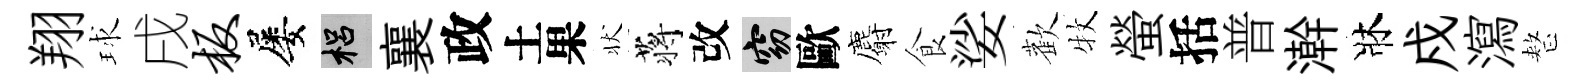
翔球戌板屡梠襄政土果状蒋改窈歐麝食娑歡牧螢括普澣牀戍瀉整